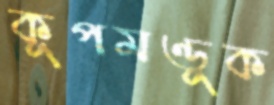
কূপমণ্ডূক